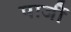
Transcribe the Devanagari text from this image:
पार्जी